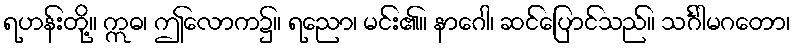
ရဟန်းတို့။ ဣဓ၊ ဤလောက၌။ ရညော၊ မင်း၏။ နာဂေါ၊ ဆင်ပြောင်သည်။ သင်္ဂါမဂတော၊